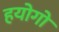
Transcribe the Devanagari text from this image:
हयोगो